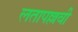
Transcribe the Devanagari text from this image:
लतापल्लवी